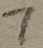
Text: 7